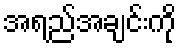
အရည်အချင်းကို